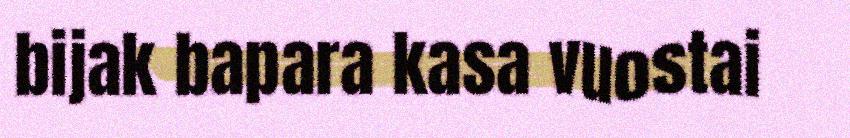
bijak bapara kasa vuostai